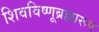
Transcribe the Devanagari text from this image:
शिवविष्णूब्रह्मारूप